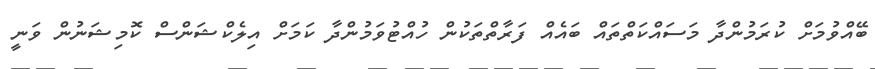
ބޭއްވުމަށް ކުރަމުންދާ މަސައްކަތްތައް ބައެއް ފަރާތްތަކުން ހުއްޓުވަމުންދާ ކަމަށް އިލެކްޝަންސް ކޮމިޝަނުން ވަނީ